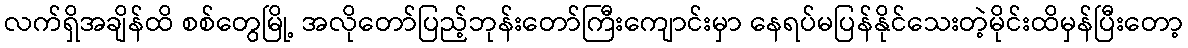
လက်ရှိအချိန်ထိ စစ်တွေမြို့ အလိုတော်ပြည့်ဘုန်းတော်ကြီးကျောင်းမှာ နေရပ်မပြန်နိုင်သေးတဲ့မိုင်းထိမှန်ပြီးတော့